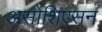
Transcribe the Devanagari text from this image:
असोशिएसन